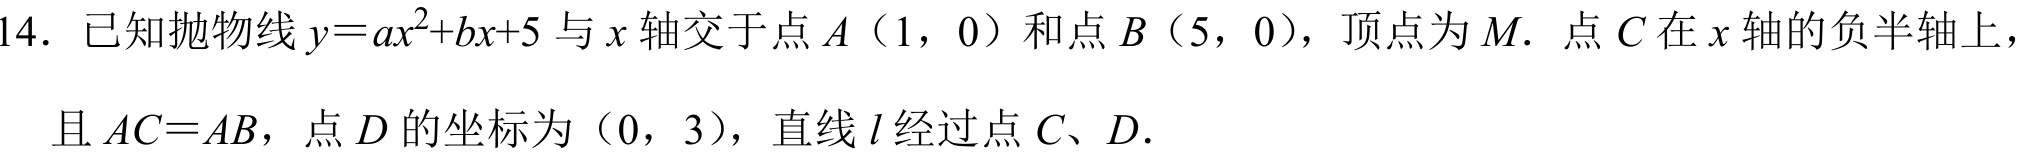
14. 已知抛物线 \(y = ax^{2}+bx + 5\) 与 \(x\) 轴交于点 \(A(1,0)\) 和点 \(B(5,0)\)，顶点为 \(M\). 点 \(C\) 在 \(x\) 轴的负半轴上，
且 \(AC = AB\)，点 \(D\) 的坐标为\((0,3)\)，直线 \(l\) 经过点 \(C\)、\(D\).